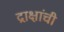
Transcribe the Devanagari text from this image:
द्राक्षांची